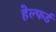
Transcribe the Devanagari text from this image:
हेल्फर्ड